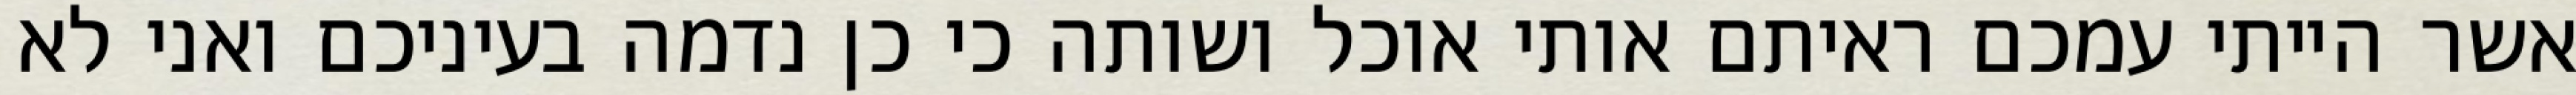
אשר הייתי עמכם ראיתם אותי אוכל ושותה כי כן נדמה בעיניכם ואני לא